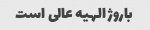
باروژ الهیه عالی است